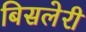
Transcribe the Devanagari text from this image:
बिसलेरी